Standards of the constituents of the urine and blood and the bearing of the metabolism of Bengalis on the problems of nutrition - Number 34
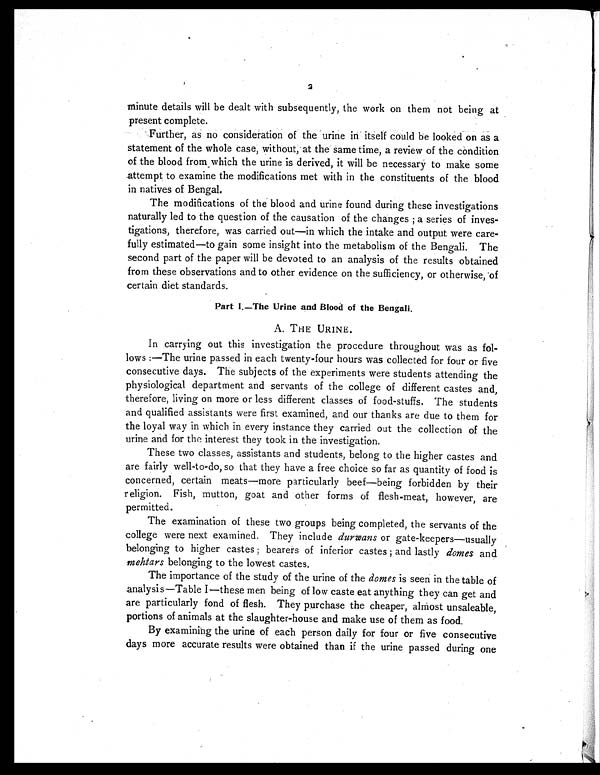
2
minute details will be dealt with subsequently, the work on them not being at
present complete.
,
Further, as no consideration of the urine in itself could be looked on as a
statement of the whole case, without, at the same time, a review of the condition
of the blood from which the urine is derived, it will be necessary to make some
attempt to examine the modifications met with in the constituents of the blood
in natives of Bengal.
The modifications of the blood and urine found during these investigations
naturally led to the question of the causation of the changes ; a series of inves-
tigations, therefore, was carried out—in which the intake and output were care-
fully estimated—to gain some insight into the metabolism of the Bengali. The
second part of the paper will be devoted to an analysis of the results obtained
from these observations and to other evidence on the sufficiency, or otherwise, of
certain diet standards.
Part I.—The Urine and Blood of the Bengali.
A. THE URINE.
In carrying out this investigation the procedure throughout was as fol-
lows :—The urine passed in each twenty-four hours was collected for four or five
consecutive days. The subjects of the experiments were students attending the
physiological department and servants of the college of different castes and,
therefore, living on more or less different classes of food-stuffs. The students
and qualified assistants were first examined, and our thanks are due to them for
the loyal way in which in every instance they carried out the collection of the
urine and for the interest they took in the investigation.
These two classes, assistants and students, belong to the higher castes and
are fairly well-to-do, so that they have a free choice so far as quantity of food is
concerned, certain meats—more particularly beef—being forbidden by their
religion. Fish, mutton, goat and other forms of flesh-meat, however, are
permitted.
The examination of these two groups being completed, the servants of the
college were next examined. They include durwans or gate-keepers—usually
belonging to higher castes ; bearers of inferior castes ; and lastly domes and
mehtars belonging to the lowest castes.
The importance of the study of the urine of the domes is seen in the table of
analysis—Table I—these men being of low caste eat anything they can get and
are particularly fond of flesh. They purchase the cheaper, almost unsaleable,
portions of animals at the slaughter-house and make use of them as food.
By examining the urine of each person daily for four or five consecutive
days more accurate results were obtained than if the urine passed during one